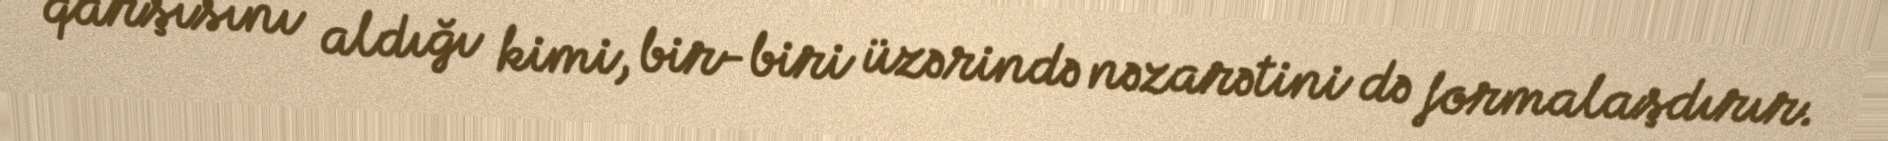
qarşısını aldığı kimi, bir-biri üzərində nəzarətini də formalaşdırır.